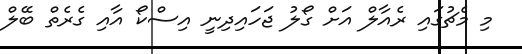
މި މެޗުގައި ރެއާލް އަށް ގޯލު ޖަހައިދިނީ އިސްކޯ އާއި ގެރެތް ބޭލް